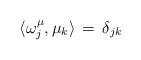
LaTeX: \begin{align*}\langle \omega^{\mu}_j,\mu_k\rangle\,=\,\delta_{jk}\end{align*}